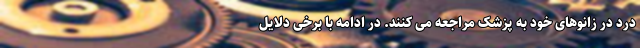
درد در زانوهای خود به پزشک مراجعه می کنند. در ادامه با برخی دلایل